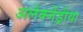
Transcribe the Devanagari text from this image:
अलेक्जेंड्रीया